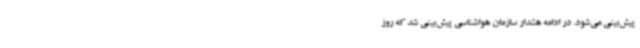
پیش‌بینی می‌شود. در ادامه هشدار سازمان هواشناسی پیش‌بینی شد که روز